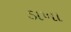
ડાખા